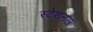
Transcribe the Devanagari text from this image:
स्टेशनस